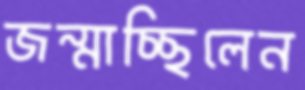
জন্মাচ্ছিলেন